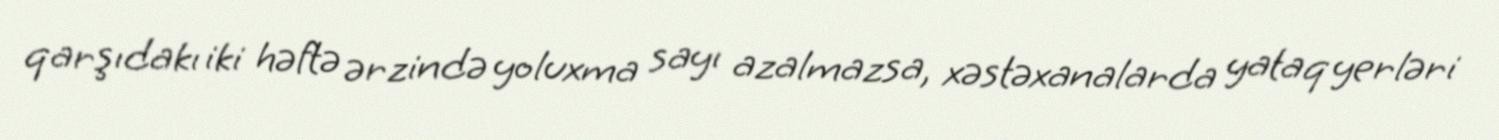
qarşıdakı iki həftə ərzində yoluxma sayı azalmazsa, xəstəxanalarda yataq yerləri